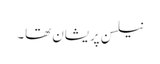
نیلسن پریشان تھا۔